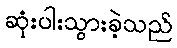
ဆုံးပါးသွားခဲ့သည်